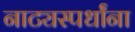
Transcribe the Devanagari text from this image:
नाट्यस्पर्धांना